Leaving Certificate Examination (including Day School Certificate (Higher) General paper), 1939
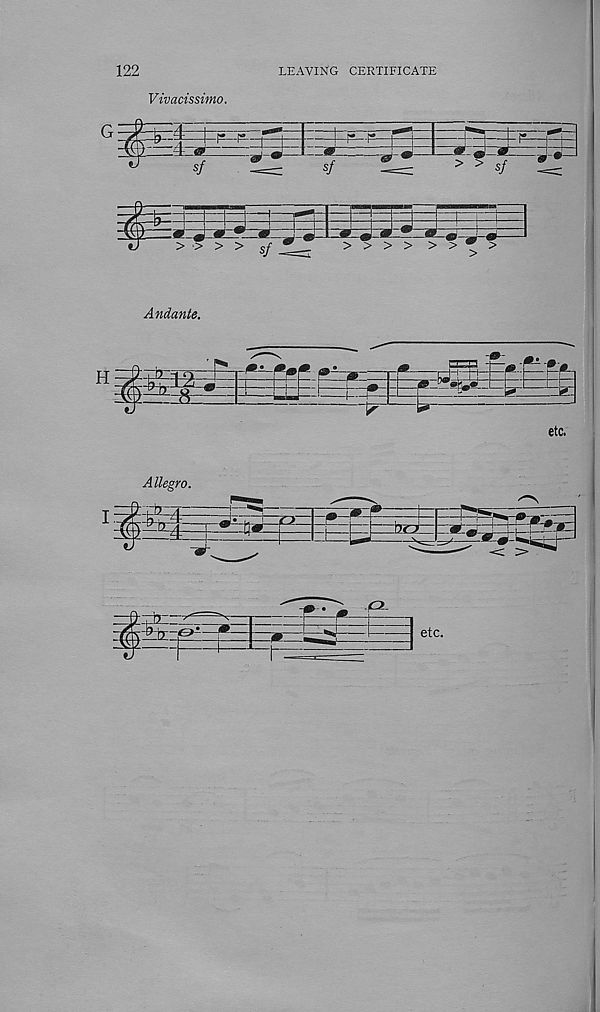
122
LEAVING CERTIFICATE
Vivacissimo.
etc.
Allegro.